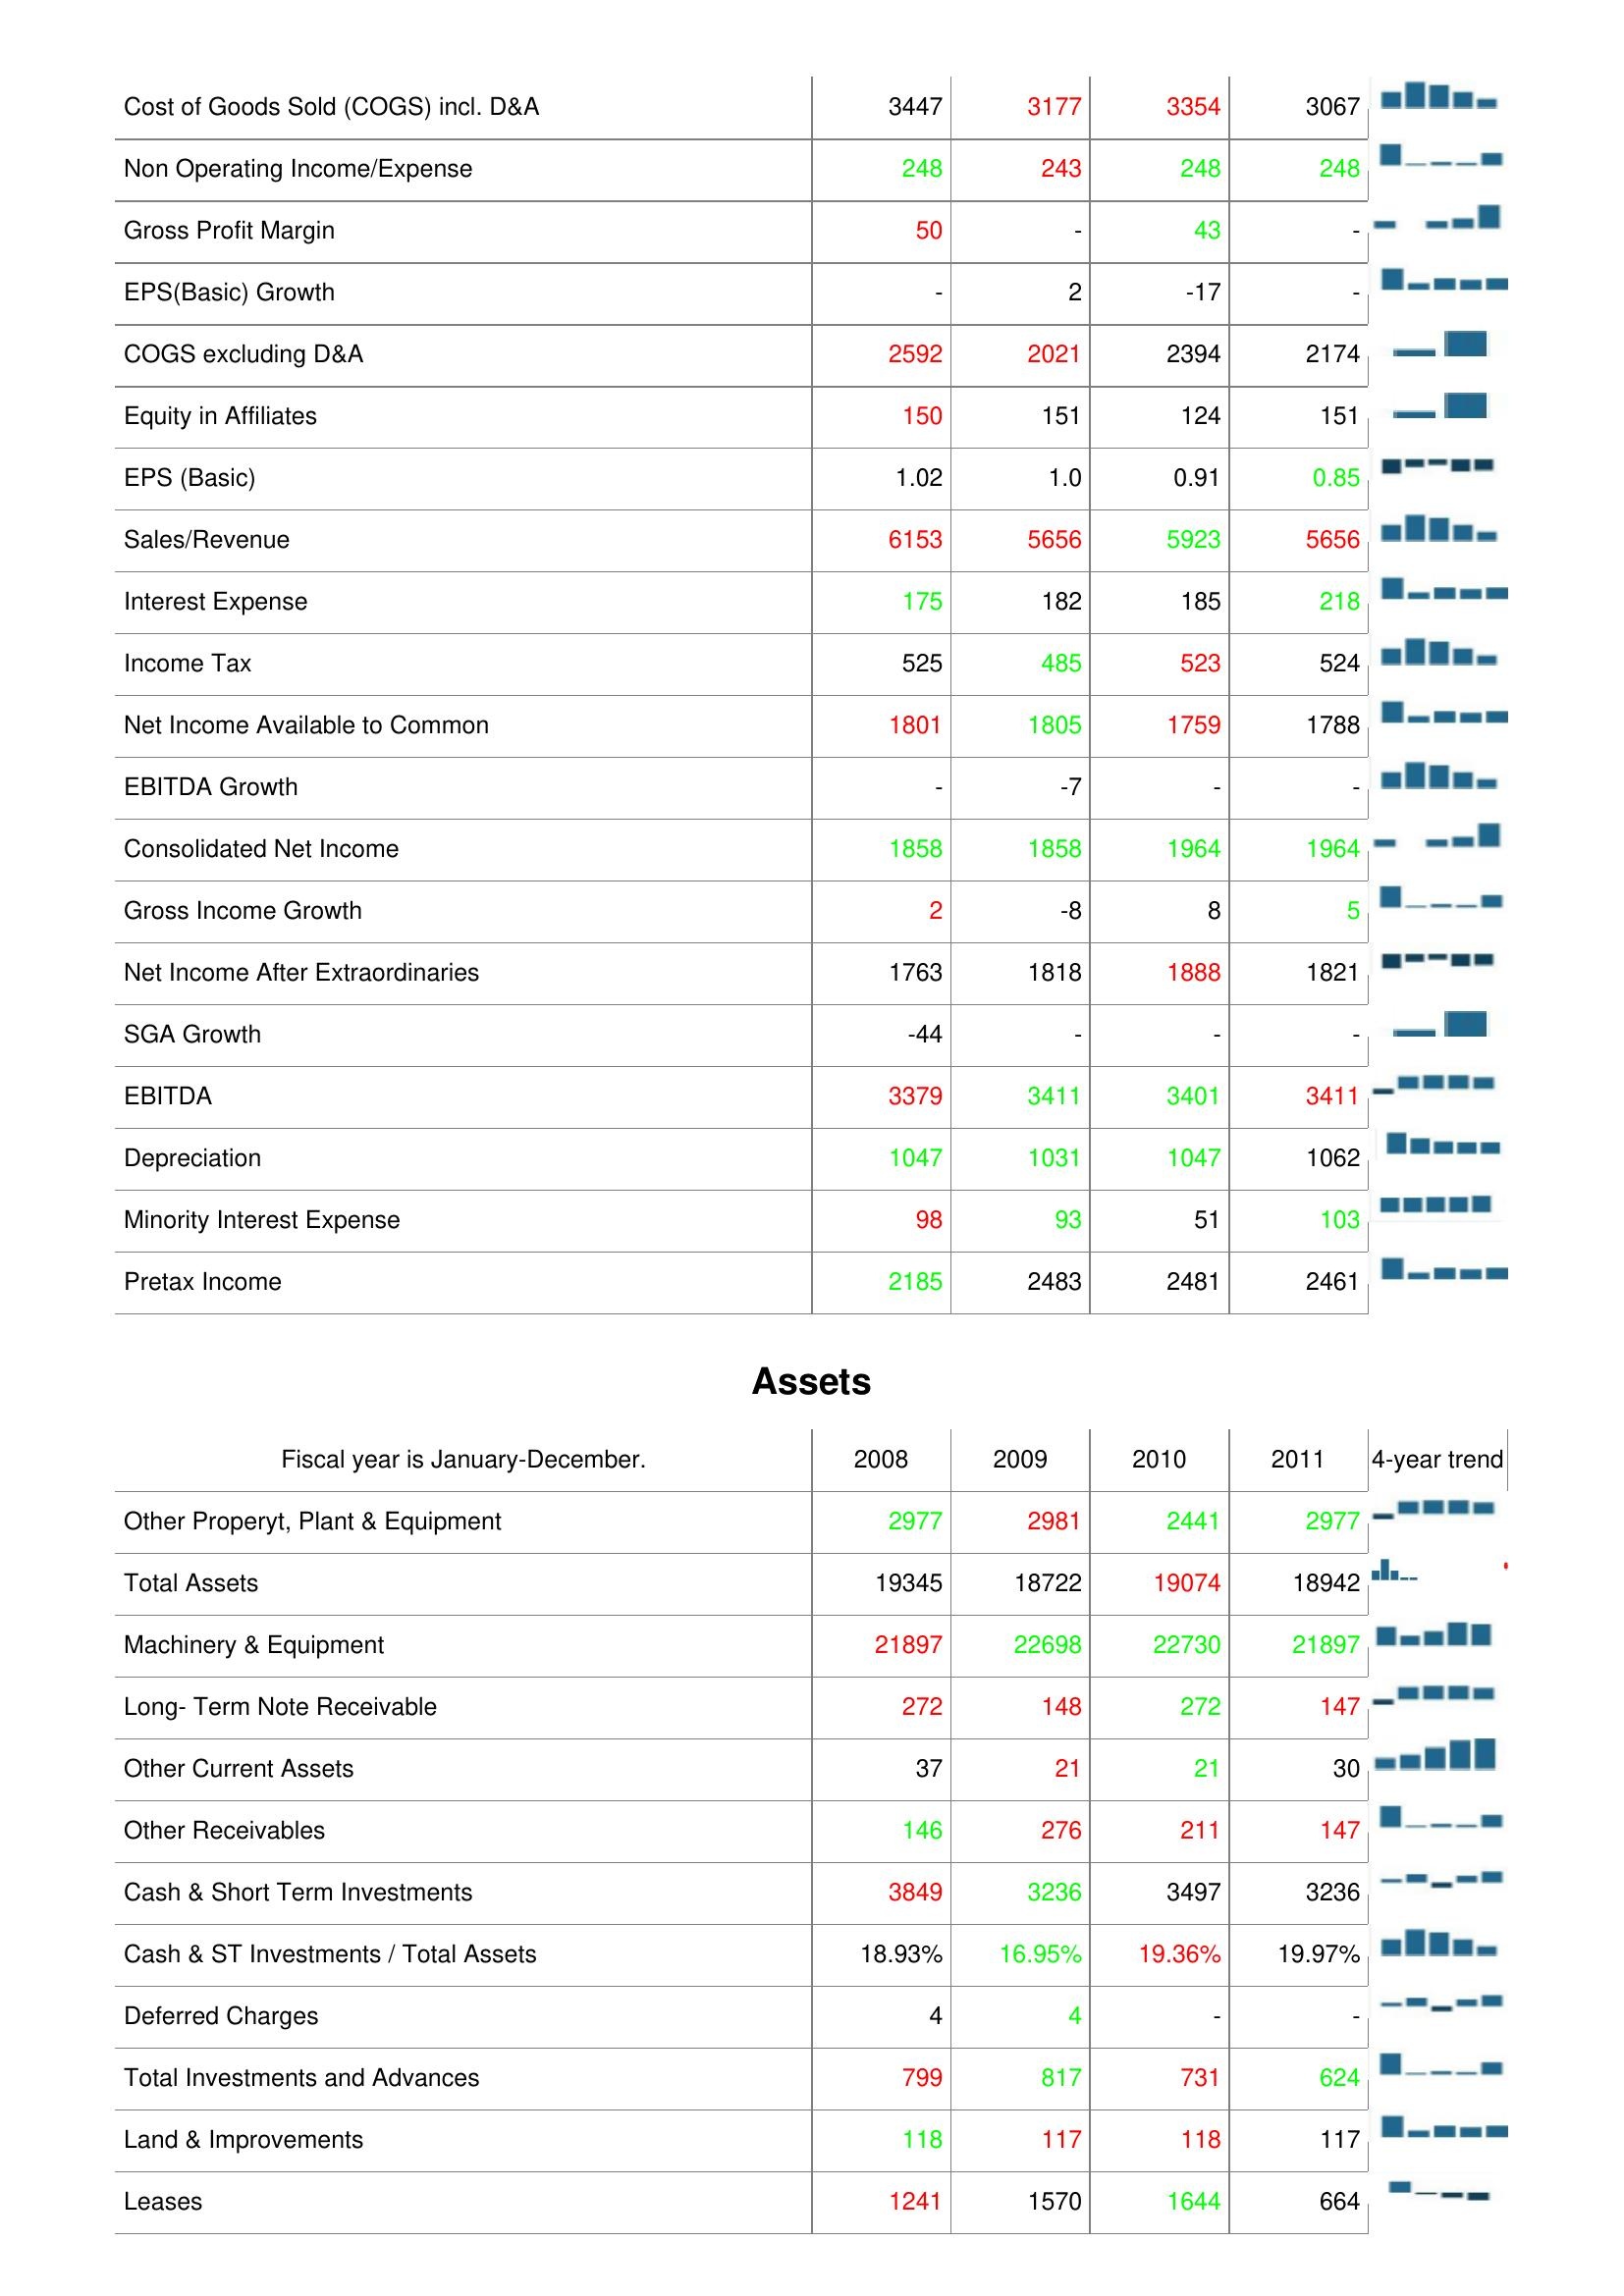
2008: : Cost of Goods Sold (COGS) incl. D&A: 3447
Non Operating Income/Expense: 248
Gross Profit Margin: 50
EPS(Basic) Growth: -
COGS excluding D&A: 2592
Equity in Affiliates: 150
EPS (Basic): 1.02
Sales/Revenue: 6153
Interest Expense: 175
Income Tax: 525
Net Income Available to Common: 1801
EBITDA Growth: -
Consolidated Net Income: 1858
Gross Income Growth: 2
Net Income After Extraordinaries: 1763
SGA Growth: -44
EBITDA: 3379
Depreciation: 1047
Minority Interest Expense: 98
Pretax Income: 2185
Assets: Other Properyt, Plant & Equipment: 2977
Total Assets: 19345
Machinery & Equipment: 21897
Long- Term Note Receivable: 272
Other Current Assets: 37
Other Receivables: 146
Cash & Short Term Investments: 3849
Cash & ST Investments / Total Assets: 18.93%
Deferred Charges: 4
Total Investments and Advances: 799
Land & Improvements: 118
Leases: 1241
2009: : Cost of Goods Sold (COGS) incl. D&A: 3177
Non Operating Income/Expense: 243
Gross Profit Margin: -
EPS(Basic) Growth: 2
COGS excluding D&A: 2021
Equity in Affiliates: 151
EPS (Basic): 1.0
Sales/Revenue: 5656
Interest Expense: 182
Income Tax: 485
Net Income Available to Common: 1805
EBITDA Growth: -7
Consolidated Net Income: 1858
Gross Income Growth: -8
Net Income After Extraordinaries: 1818
SGA Growth: -
EBITDA: 3411
Depreciation: 1031
Minority Interest Expense: 93
Pretax Income: 2483
Assets: Other Properyt, Plant & Equipment: 2981
Total Assets: 18722
Machinery & Equipment: 22698
Long- Term Note Receivable: 148
Other Current Assets: 21
Other Receivables: 276
Cash & Short Term Investments: 3236
Cash & ST Investments / Total Assets: 16.95%
Deferred Charges: 4
Total Investments and Advances: 817
Land & Improvements: 117
Leases: 1570
2010: : Cost of Goods Sold (COGS) incl. D&A: 3354
Non Operating Income/Expense: 248
Gross Profit Margin: 43
EPS(Basic) Growth: -17
COGS excluding D&A: 2394
Equity in Affiliates: 124
EPS (Basic): 0.91
Sales/Revenue: 5923
Interest Expense: 185
Income Tax: 523
Net Income Available to Common: 1759
EBITDA Growth: -
Consolidated Net Income: 1964
Gross Income Growth: 8
Net Income After Extraordinaries: 1888
SGA Growth: -
EBITDA: 3401
Depreciation: 1047
Minority Interest Expense: 51
Pretax Income: 2481
Assets: Other Properyt, Plant & Equipment: 2441
Total Assets: 19074
Machinery & Equipment: 22730
Long- Term Note Receivable: 272
Other Current Assets: 21
Other Receivables: 211
Cash & Short Term Investments: 3497
Cash & ST Investments / Total Assets: 19.36%
Deferred Charges: -
Total Investments and Advances: 731
Land & Improvements: 118
Leases: 1644
2011: : Cost of Goods Sold (COGS) incl. D&A: 3067
Non Operating Income/Expense: 248
Gross Profit Margin: -
EPS(Basic) Growth: -
COGS excluding D&A: 2174
Equity in Affiliates: 151
EPS (Basic): 0.85
Sales/Revenue: 5656
Interest Expense: 218
Income Tax: 524
Net Income Available to Common: 1788
EBITDA Growth: -
Consolidated Net Income: 1964
Gross Income Growth: 5
Net Income After Extraordinaries: 1821
SGA Growth: -
EBITDA: 3411
Depreciation: 1062
Minority Interest Expense: 103
Pretax Income: 2461
Assets: Other Properyt, Plant & Equipment: 2977
Total Assets: 18942
Machinery & Equipment: 21897
Long- Term Note Receivable: 147
Other Current Assets: 30
Other Receivables: 147
Cash & Short Term Investments: 3236
Cash & ST Investments / Total Assets: 19.97%
Deferred Charges: -
Total Investments and Advances: 624
Land & Improvements: 117
Leases: 664